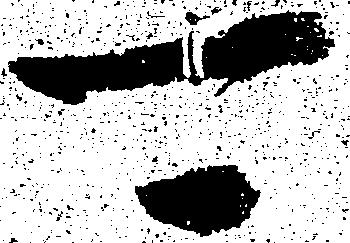
可